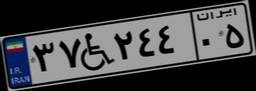
۳۷W۲۴۴۰۵